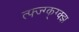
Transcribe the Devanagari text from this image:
त्फ्ज्ग्क्ग्क्झ